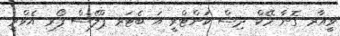
ވީއާރ ގޮނާ މޭކް ދިސް ކަންޓްރީ އަ ބެޓަރ ޕްލޭސް ފޯރ އެވްރީ